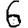
Digit: 6